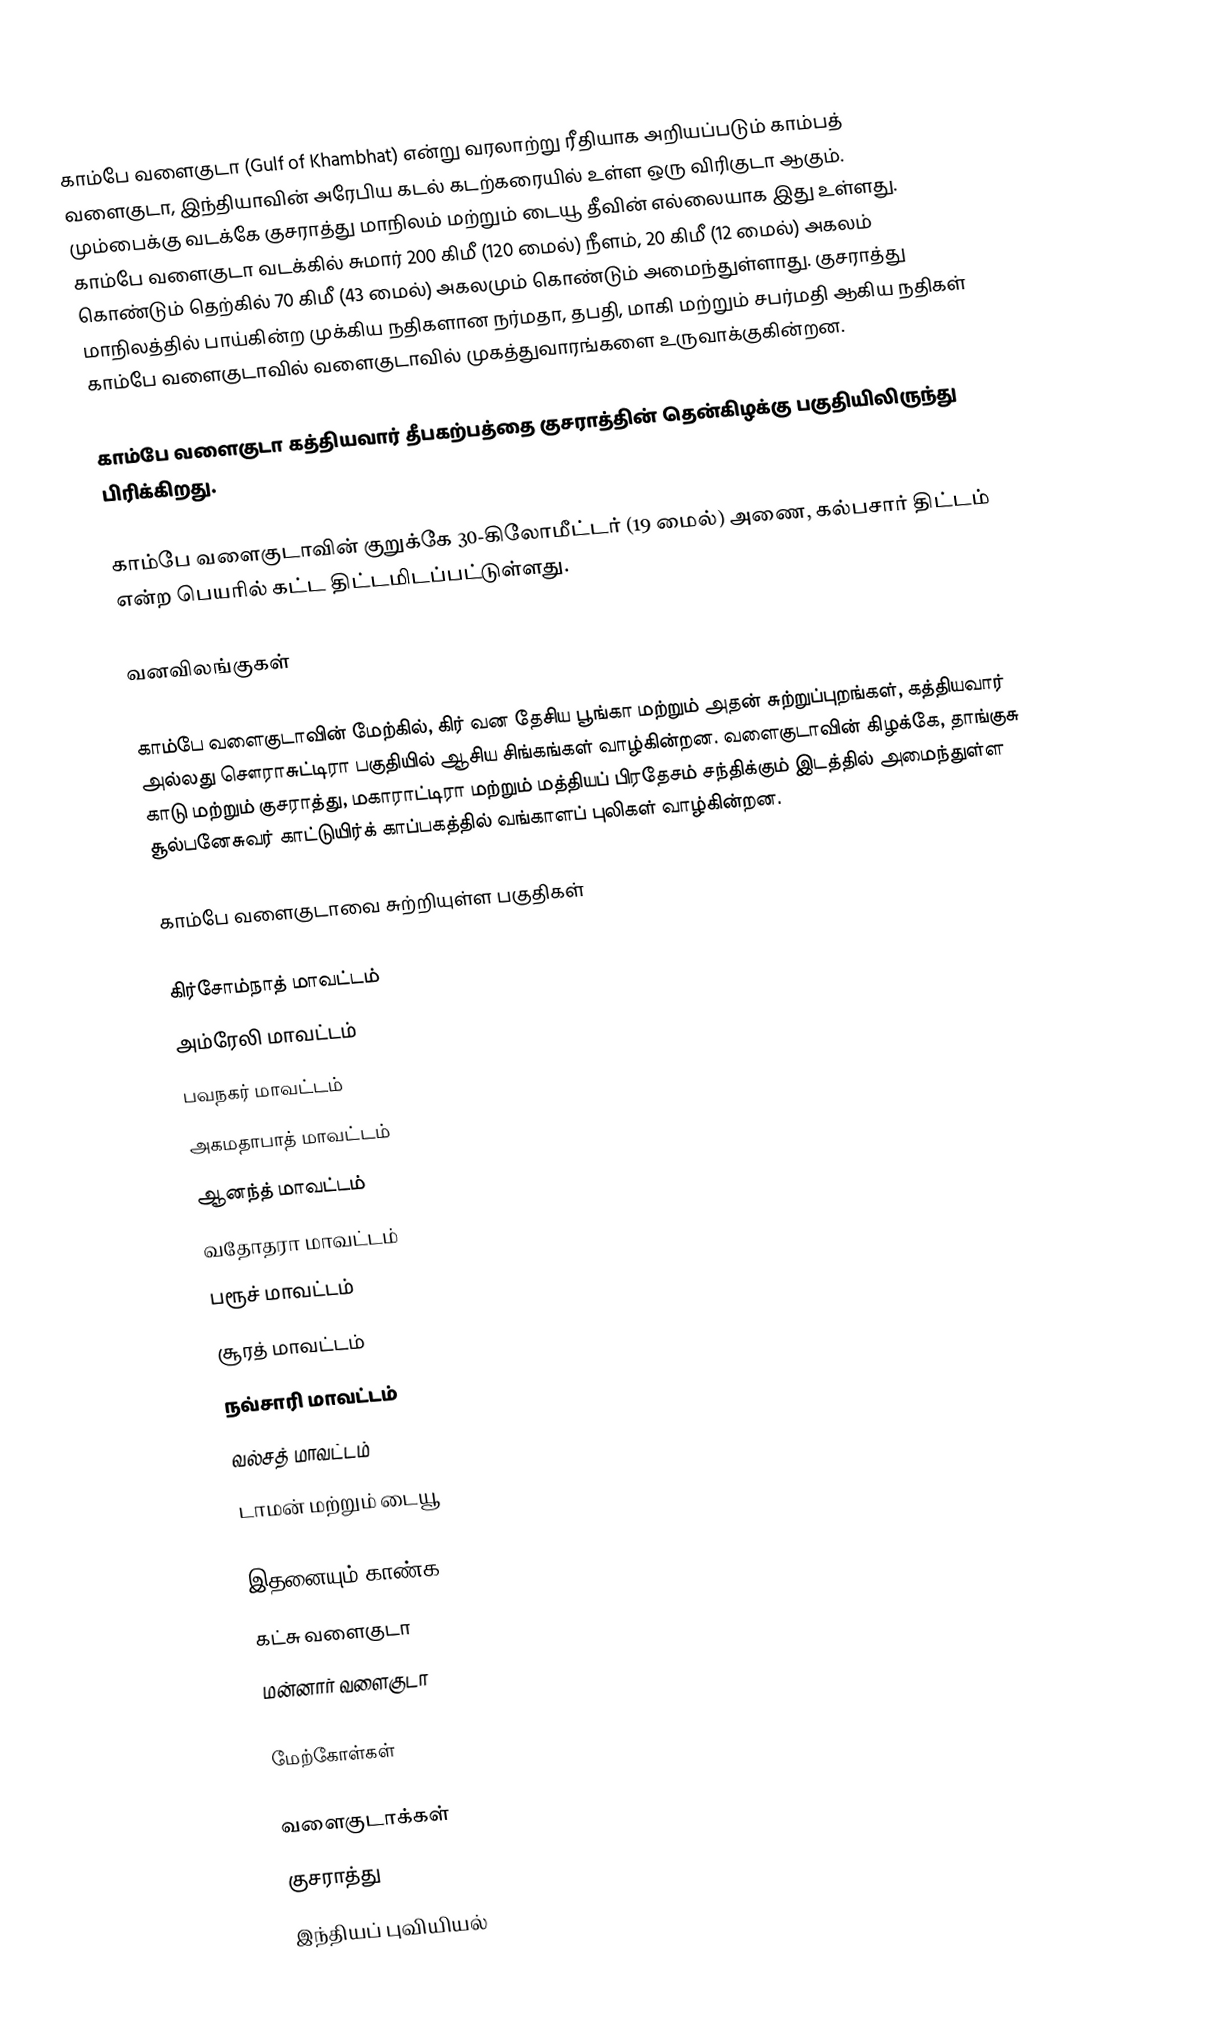
காம்பே வளைகுடா (Gulf of Khambhat) என்று வரலாற்று ரீதியாக அறியப்படும் காம்பத் வளைகுடா, இந்தியாவின் அரேபிய கடல் கடற்கரையில் உள்ள ஒரு விரிகுடா ஆகும். மும்பைக்கு வடக்கே குசராத்து மாநிலம் மற்றும் டையூ தீவின் எல்லையாக இது உள்ளது. காம்பே வளைகுடா வடக்கில் சுமார் 200 கிமீ (120 மைல்) நீளம், 20 கிமீ (12 மைல்) அகலம் கொண்டும் தெற்கில் 70 கிமீ (43 மைல்) அகலமும் கொண்டும் அமைந்துள்ளாது. குசராத்து மாநிலத்தில் பாய்கின்ற முக்கிய நதிகளான நர்மதா, தபதி, மாகி மற்றும் சபர்மதி ஆகிய நதிகள் காம்பே வளைகுடாவில் வளைகுடாவில் முகத்துவாரங்களை உருவாக்குகின்றன.

காம்பே வளைகுடா கத்தியவார் தீபகற்பத்தை குசராத்தின் தென்கிழக்கு பகுதியிலிருந்து பிரிக்கிறது.

காம்பே வளைகுடாவின் குறுக்கே 30-கிலோமீட்டர் (19 மைல்) அணை, கல்பசார் திட்டம் என்ற பெயரில் கட்ட திட்டமிடப்பட்டுள்ளது.

வனவிலங்குகள்

காம்பே வளைகுடாவின் மேற்கில், கிர் வன தேசிய பூங்கா மற்றும் அதன் சுற்றுப்புறங்கள், கத்தியவார் அல்லது சௌராசுட்டிரா பகுதியில் ஆசிய சிங்கங்கள் வாழ்கின்றன.  வளைகுடாவின் கிழக்கே, தாங்குசு காடு மற்றும் குசராத்து, மகாராட்டிரா மற்றும் மத்தியப் பிரதேசம் சந்திக்கும் இடத்தில் அமைந்துள்ள சூல்பனேசுவர் காட்டுயிர்க் காப்பகத்தில் வங்காளப் புலிகள் வாழ்கின்றன.

காம்பே வளைகுடாவை சுற்றியுள்ள பகுதிகள்

 கிர்சோம்நாத் மாவட்டம்
 அம்ரேலி மாவட்டம்
 பவநகர் மாவட்டம்
 அகமதாபாத் மாவட்டம்
 ஆனந்த் மாவட்டம்
 வதோதரா மாவட்டம்
 பரூச் மாவட்டம்
 சூரத் மாவட்டம்
 நவ்சாரி மாவட்டம்
 வல்சத் மாவட்டம்
 டாமன் மற்றும் டையூ

இதனையும் காண்க
 கட்சு வளைகுடா
 மன்னார் வளைகுடா

மேற்கோள்கள்

வளைகுடாக்கள்
குசராத்து
இந்தியப் புவியியல்